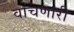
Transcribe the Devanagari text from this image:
वाचणारी